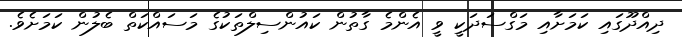
ދިއްދޫގައި ކަމަށާއި މަގްސަދަކީ ވީ އެންމެ ގާތުން ކައުންސިލްތަކުގެ މަސައްކަތް ބެލުން ކަމަށެވެ.